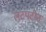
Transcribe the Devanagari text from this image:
लटपटीत